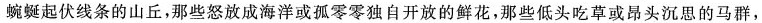
蜿蜒起伏线条的山丘，那些怒放成海洋或孤零零独自开放的鲜花，那些低头吃草或昂头沉思的马群，